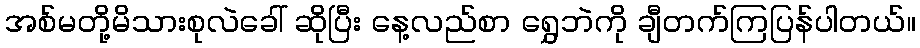
အစ်မတို့မိသားစုလဲခေါ် ဆိုပြီး နေ့လည်စာ ရွှေဘဲကို ချီတက်ကြပြန်ပါတယ်။